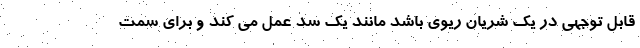
قابل توجهی در یک شریان ریوی باشد مانند یک سد عمل می کند و برای سمت